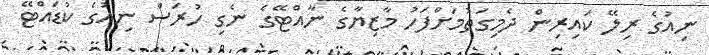
ނިއުގެ ރިލޭ ކައިރިން ދެމިގަތުމަށްފަހު މާޒިޔާގެ ނާއްޓޭގެ ނެގި ހުރަސް ނިއުގެ ކުޑައްޓޭ